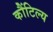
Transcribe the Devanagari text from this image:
कौंटिल्य